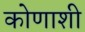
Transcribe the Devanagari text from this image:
कोणाशी